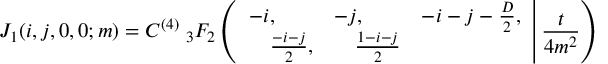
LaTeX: J _ { 1 } ( i , j , 0 , 0 ; m ) = C ^ { ( 4 ) } \; _ { 3 } F _ { 2 } \left( \left. \begin{array} { l l l } { { - i , } } & { { - j , } } & { { - i - j - \frac { D } { 2 } , } } \\ { { \quad \frac { - i - j } { 2 } , } } & { { \quad \frac { 1 - i - j } { 2 } } } \end{array} \right| \frac { t } { 4 m ^ { 2 } } \right)